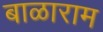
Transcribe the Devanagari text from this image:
बाळाराम